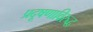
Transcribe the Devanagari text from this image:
प्रदूषणाविरुद्ध